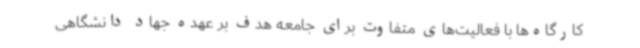
کارگاه‌ها با فعالیت‌های متفاوت برای جامعه هدف بر عهده جهاد دانشگاهی